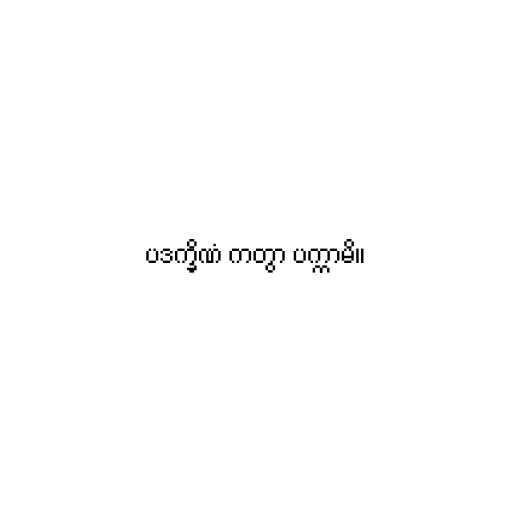
ပဒက္ခိဏံ ကတွာ ပက္ကာမိ။